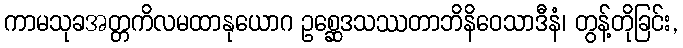
ကာမသုခအတ္တကိလမထာနုယောဂ ဥစ္ဆေဒသဿတာဘိနိဝေသာဒီနံ၊ တွန့်တိုခြင်း,